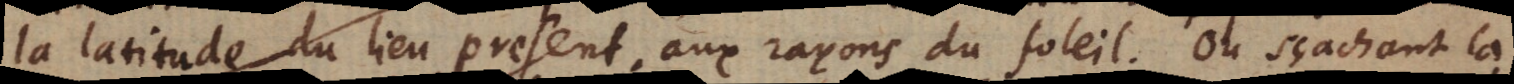
la latitude du lieu present aux rayons du soleil. Ou sçachant la